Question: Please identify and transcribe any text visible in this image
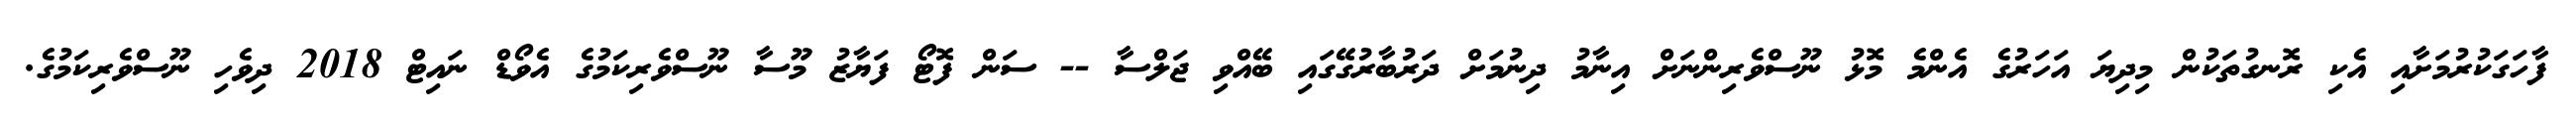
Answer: ފާހަގަކުރުމަށާއި އެކި ރޮނގުތަކުން މިދިޔަ އަހަރުގެ އެންމެ މޮޅު ނޫސްވެރިންނަށް އިނާމު ދިނުމަށް ދަރުބާރުގޭގައި ބޭއްވި ޖަލްސާ -- ސަން ފޮޓޯ ފަޔާޒު މޫސާ ނޫސްވެރިކަމުގެ އެވޯޑް ނައިޓް 2018 ދިވެހި ނޫސްވެރިކަމުގެ.